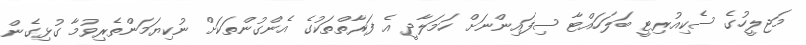
މަޖިލީހުގެ ސެކިއުރިޓީ ބަލަހައްޓާ ސިފައިންނަށް ހަމަލާދީ އެ ފަރާތްތަކުގެ އެންގުންތަކަށް ނުކިޔަމަންތެރިވުމާ ގުޅިގެން